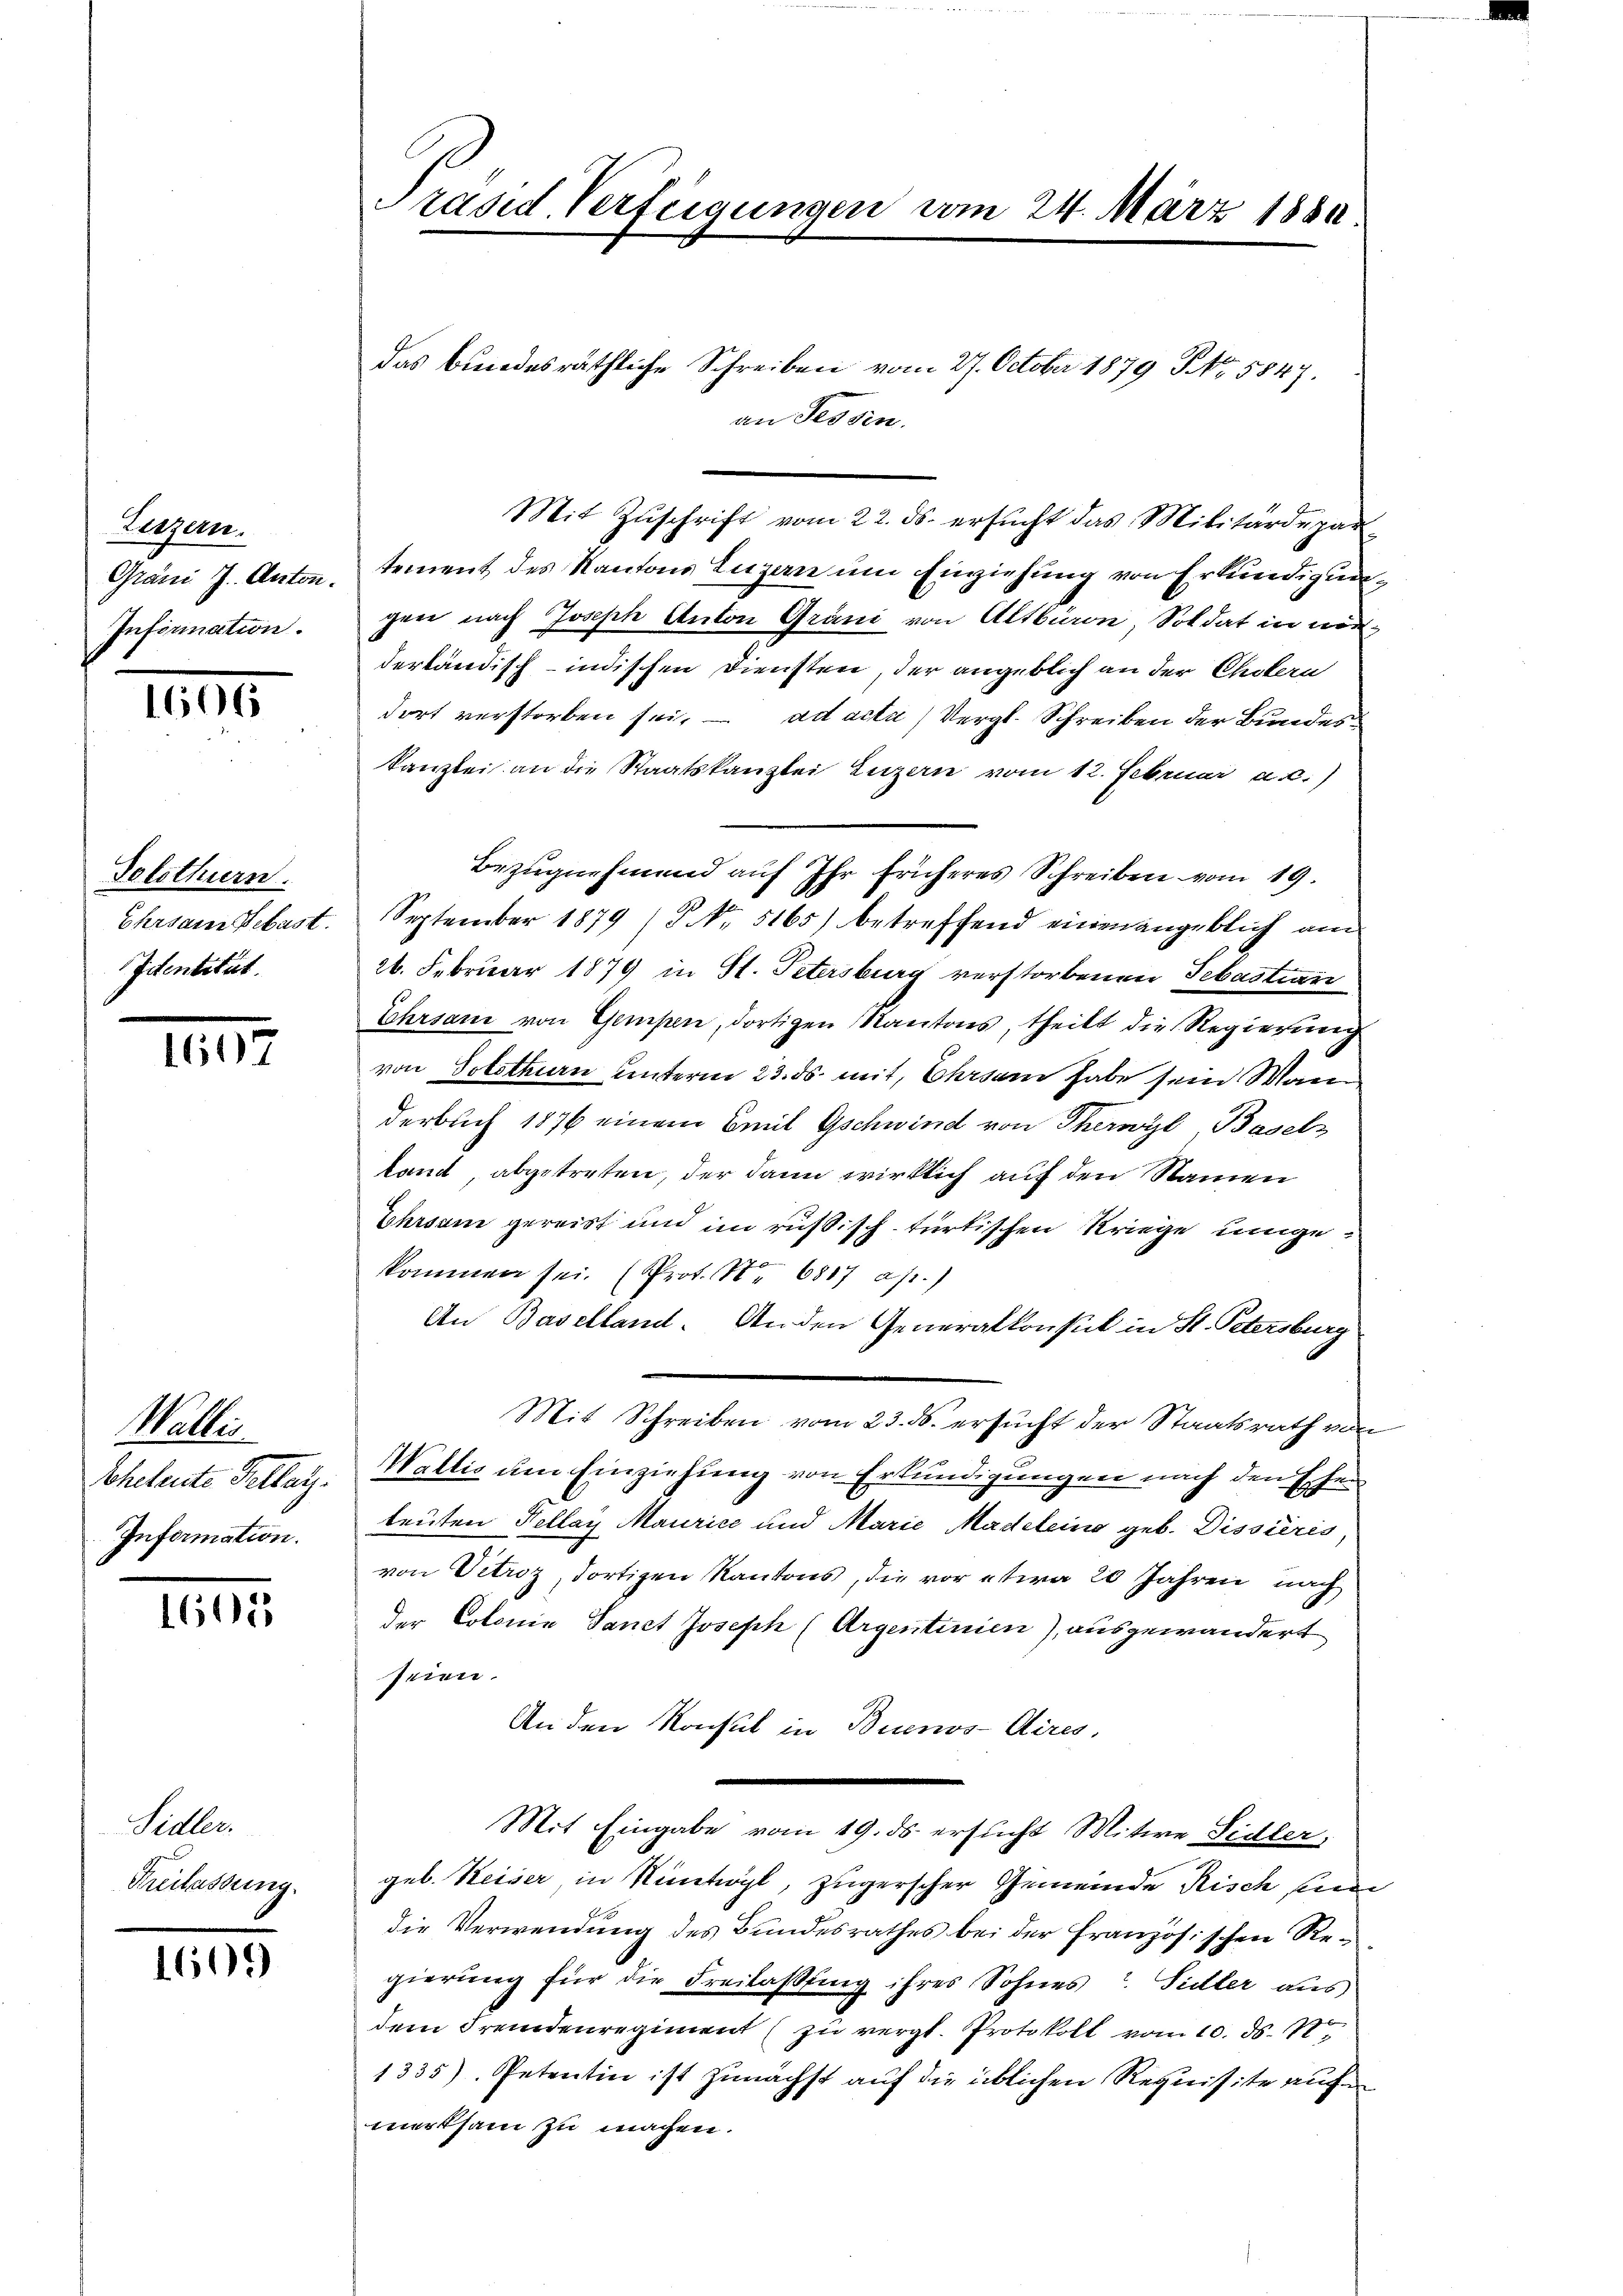
Legen.
Grani J. Anton.
Information.

1606

Solothurn.
Ehrsam Sebast.
Identität.

1607

Wallis
Eheleute Fellarz.
Information.

1602

Sidler.
Kreilassung

1609

Präsid. Verfügungen vom 24. März 1889

das bundesräthliche Schreiben vom 27. October 1879 NNo. 5847.
an Tessin.
Mit Zuschrift vom 22. ds. ersucht das Militärdepar
tement des Kantons Luzern um Einziehung von Erkundigungene nach Joseph Anton Gräni von Altbaron Soldat in worderländisch-indischen Diensten, der angeblich an der Cholern
dort verstorben sei, ad acta) Vergl. Schreiben der Bundeskanzlei an die Staatskanzlei Luzern vom 12. Februar a.c.)
Bezugnehmend auf Ihr früheres Schreiben vom 19.
September 1879 (Nr. 5165) betreffend einen angeblich am
26. Februar 1879 in St. Petersburg verstorbenen Sebastian
Ehrsau von Gempen, dortigen Kantons, theilt die Regierung
von Solothurn unterm 23. ds. mit, Ehrsam habe sein Wan
derbuch 1876 einem Emil Gschwind von Therwyl, Basels
tand, abgetreten, der dann wirklich auf den Namen
Ehrsam gereist und im rusisch-türtischen Kriege unge
kommen sei. (Prot. No 6817 ap.)
An Baselland. Anden Generalkonsul in St. Petersburg
Mit Schreiben vom 23. ds. ersucht der Staatsrath von
Wallis um Einziehung von Erkundigungen nach den Ehetleuten Fellay Maurice und Marie Madeleins geb. Dissieris
von Vetroz, dortigen Kantons, die vor etwa 20 Jahren nach
der Colonia Sanct Joseph (Argentinien), ausgewandert
seien.
An den Konsul in Buenos-Aires,
Mit Eingabe vom 19. ds. ersucht Mitwe Sidler,
geb. Keiser, in Nintwyl, zugerscher Gemeinde Risch un
die Verwendung des Bundesrathes bei der Französischen Regierung für die Freilaßung ihres Sohnes? Sidler aus
dem Fremdenregiment (zu vergl. Protokoll vom 10. ds. 12.
1335) Petentin ist zunächst auf die üblichen Requisite auf
merksam zu machen.